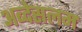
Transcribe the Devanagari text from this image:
अब्देसलम